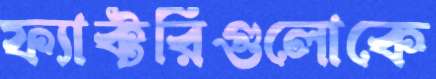
ফ্যাক্টরিগুলোকে